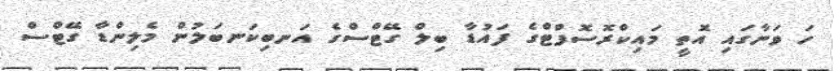
ހަ ވަނާގައި އޮތީ މައިކްރޮސޮފްޓްގެ ފައުޑާ ބިލް ގޭޓްސްގެ އަނބިކަނބަލުން މެލިންޑާ ގޭޓްސް